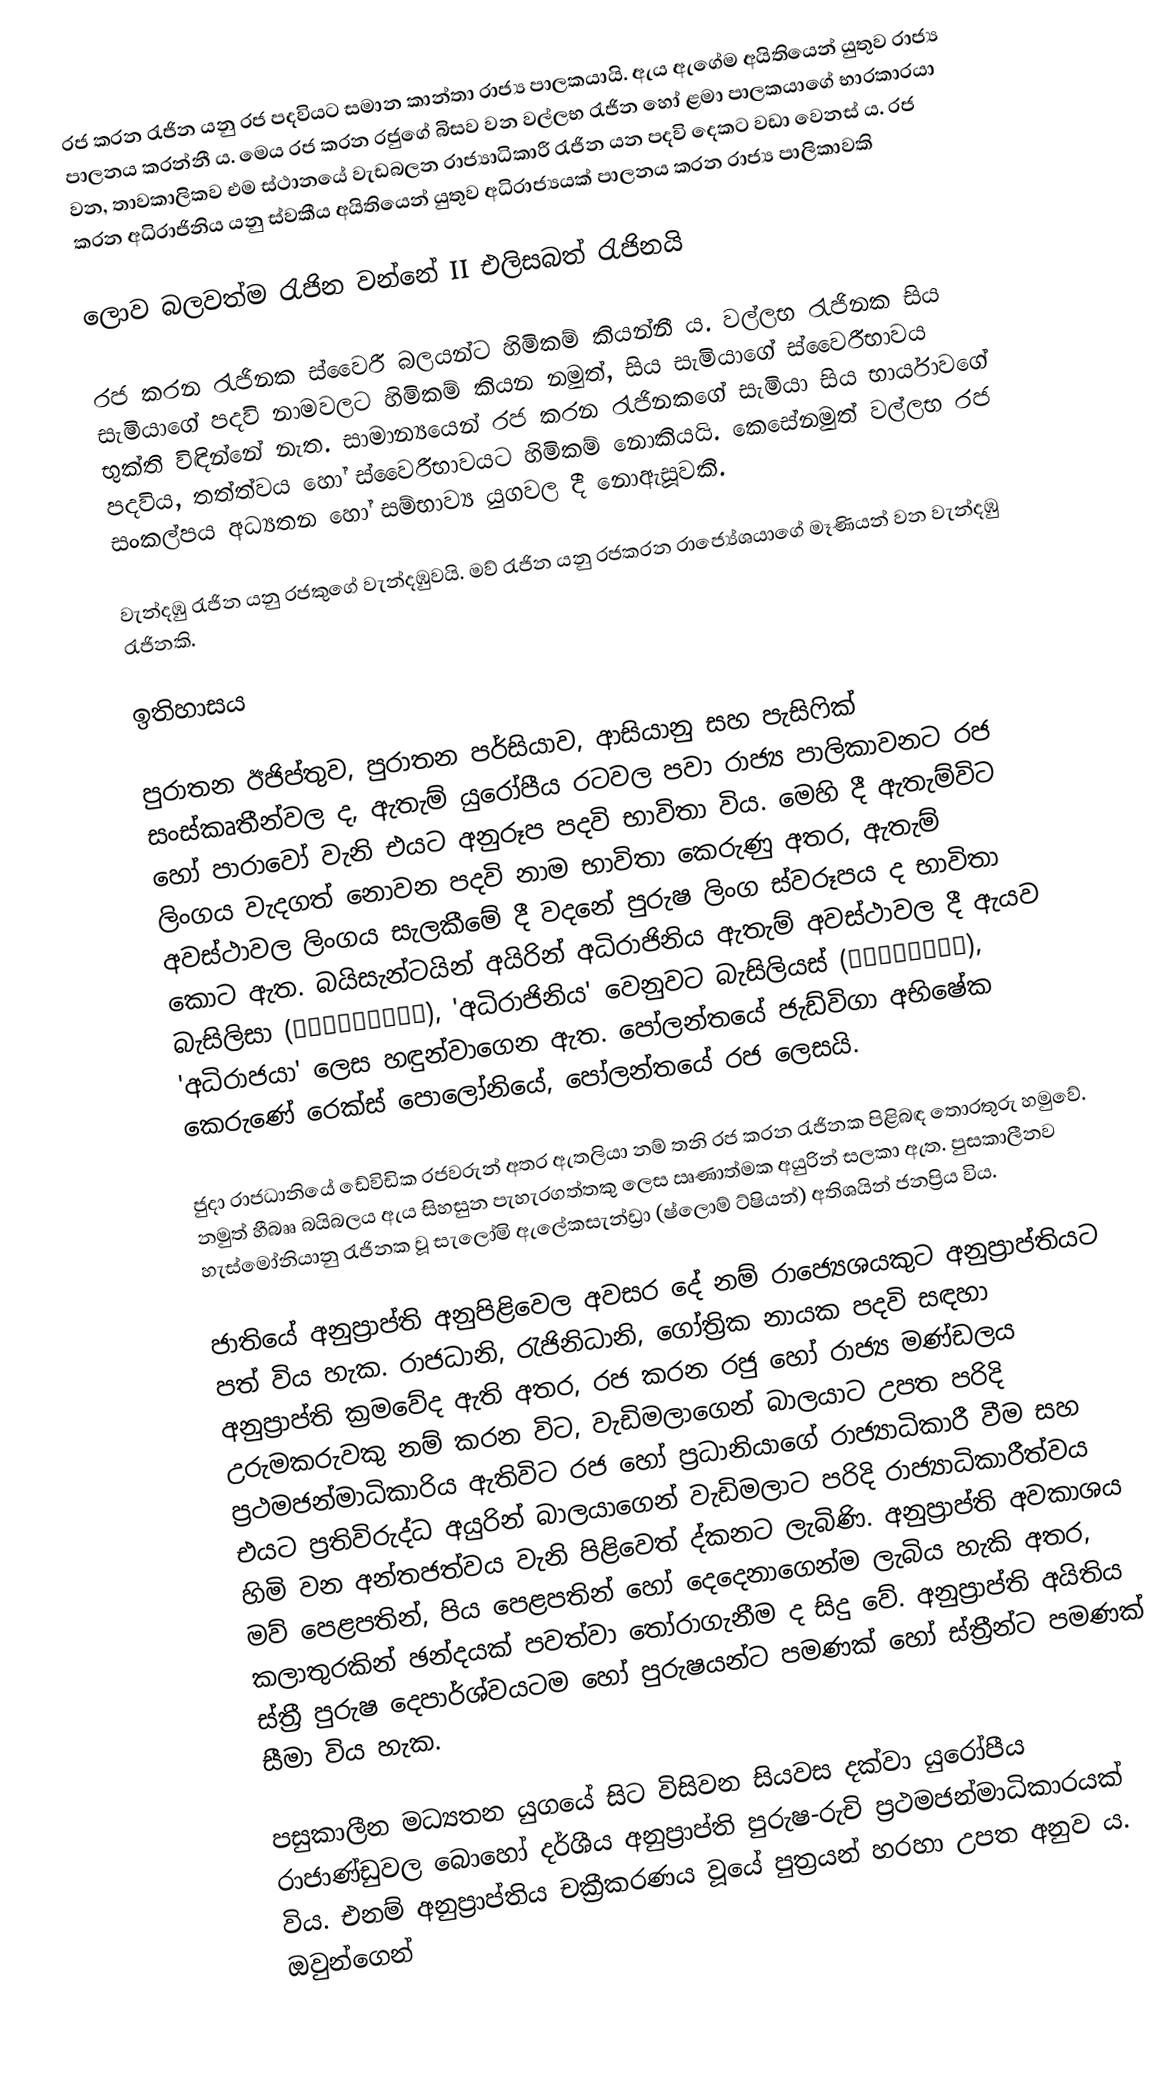
රජ කරන රැජින යනු රජ පදවියට සමාන කාන්තා රාජ්‍ය පාලකයායි. ඇය ඇගේම අයිතියෙන් යුතුව රාජ්‍ය පාලනය කරන්නී ය. මෙය රජ කරන රජුගේ බිසව වන වල්ලභ රැජින හෝ ළමා පාලකයාගේ භාරකාරයා වන, තාවකාලිකව එම ස්ථානයේ වැඩබලන රාජ්‍යාධිකාරී රැජින යන පදවි දෙකට වඩා වෙනස් ය. රජ කරන අධිරාජිනිය යනු ස්වකීය අයිතියෙන් යුතුව අධිරාජ්‍යයක් පාලනය කරන රාජ්‍ය පාලිකාවකි

ලොව බලවත්ම රැජින වන්නේ II එලිසබත් රැජිනයි

රජ කරන රැජිනක ස්වෛරී බලයන්ට හිමිකම් කියන්නී ය. වල්ලභ රැජිනක සිය සැමියාගේ පදවි නාමවලට හිමිකම් කියන නමුත්, සිය සැමියාගේ ස්වෛරීභාවය භුක්ති විඳින්නේ නැත. සාමාන්‍යයෙන් රජ කරන රැජිනකගේ සැමියා සිය භාර්යාවගේ පදවිය, තත්ත්වය හෝ ස්වෛරීභාවයට හිමිකම් නොකියයි. කෙසේනමුත් වල්ලභ රජ සංකල්පය අධ්‍යතන හෝ සම්භාව්‍ය යුගවල දී නොඇසූවකි.

වැන්දඹු රැජින යනු රජකුගේ වැන්දඹුවයි. මව් රැජින යනු රජකරන රාජ්‍යේශයාගේ මෑණියන් වන වැන්දඹු රැජිනකි.

ඉතිහාසය

පුරාතන ඊජිප්තුව, පුරාතන පර්සියාව, ආසියානු සහ පැසිෆික් සංස්කෘතීන්වල ද, ඇතැම් යුරෝපීය රටවල පවා රාජ්‍ය පාලිකාවනට රජ හෝ පාරාවෝ වැනි එයට අනුරූප පදවි භාවිතා විය. මෙහි දී ඇතැම්විට ලිංගය වැදගත් නොවන පදවි නාම භාවිතා කෙරුණු අතර, ඇතැම් අවස්ථාවල ලිංගය සැලකීමේ දී වදනේ පුරුෂ ලිංග ස්වරූපය ද භාවිතා කොට ඇත. බයිසැන්ටයින් අයිරින් අධිරාජිනිය ඇතැම් අවස්ථාවල දී ඇයව බැසිලිසා (βασίλισσα), 'අධිරාජිනිය' වෙනුවට බැසිලියස් (βασιλεύς), 'අධිරාජයා' ලෙස හඳුන්වාගෙන ඇත. පෝලන්තයේ ජැඩ්විගා අභිෂේක කෙරුණේ රෙක්ස් පොලෝනියේ, පෝලන්තයේ රජ ලෙසයි.

ජුදා රාජධානියේ ඩේවිඩික රජවරුන් අතර ඇතලියා නම් තනි රජ කරන රැජිනක පිළිබඳ තොරතුරු හමුවේ. නමුත් හීබෲ බයිබලය ඇය සිහසුන පැහැරගත්තකු ලෙස ඍණාත්මක අයුරින් සලකා ඇත. පුසකාලීනව හැස්මෝනියානු රැජිනක වූ සැලෝමි ඇලේකසැන්ඩ්‍රා (ෂ්ලොම් ට්ෂියන්) අතිශයින් ජනප්‍රිය විය.

ජාතියේ අනුප්‍රාප්ති අනුපිළිවෙල අවසර දේ නම් රාජ්‍යෙශයකුට අනුප්‍රාප්තියට පත් විය හැක. රාජධානි, රැජිනිධානි, ගෝත්‍රික නායක පදවි සඳහා අනුප්‍රාප්ති ක්‍රමවේද ඇති අතර, රජ කරන රජු හෝ රාජ්‍ය මණ්ඩලය උරුමකරුවකු නම් කරන විට, වැඩිමලාගෙන් බාලයාට උපත පරිදි ප්‍රථමජන්මාධිකාරිය ඇතිවිට රජ හෝ ප්‍රධානියාගේ රාජ්‍යාධිකාරී වීම සහ එයට ප්‍රතිවිරුද්ධ අයුරින් බාලයාගෙන් වැඩිමලාට පරිදි රාජ්‍යාධිකාරීත්වය හිමි වන අන්තජත්වය වැනි පිළිවෙත් ද්කනට ලැබිණි. අනුප්‍රාප්ති අවකාශය මව් පෙළපතින්, පිය පෙළපතින් හෝ දෙදෙනාගෙන්ම ලැබිය හැකි අතර, කලාතුරකින් ඡන්දයක් පවත්වා තෝරාගැනීම ද සිදු වේ. අනුප්‍රාප්ති අයිතිය ස්ත්‍රී පුරුෂ දෙපාර්ශ්වයටම හෝ පුරුෂයන්ට පමණක් හෝ ස්ත්‍රීන්ට පමණක් සීමා විය හැක.

පසුකාලීන මධ්‍යතන යුගයේ සිට විසිවන සියවස දක්වා යුරෝපීය රාජාණ්ඩුවල බොහෝ දර්ශීය අනුප්‍රාප්ති පුරුෂ-රුචි ප්‍රථමජන්මාධිකාරයක් විය. එනම් අනුප්‍රාප්තිය චක්‍රීකරණය වූයේ පුත්‍රයන් හරහා උපත අනුව ය. ඔවුන්ගෙන්